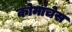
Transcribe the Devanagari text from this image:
कोमांचेस